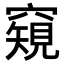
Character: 𥨖